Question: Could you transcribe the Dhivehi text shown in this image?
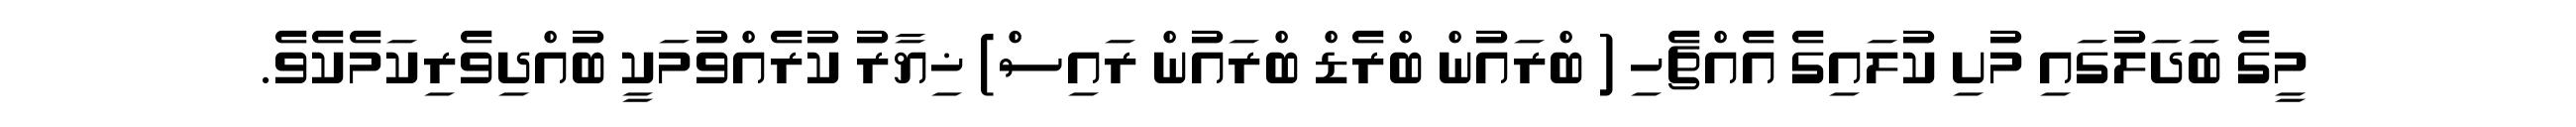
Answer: މީގެ ބަދަލުގައި މުށި ކުލައިގެ އެއްޗެހި ( ބްރައުން ބްރެޑް ބްރައުން ރައިސް) ޚިޔާރު ކުރެއްވުމަކީ ބުއްދިވެރިކަމެކެވެ.